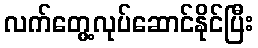
လက်တွေ့လုပ်ဆောင်နိုင်ပြီး